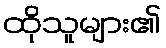
ထိုသူများ၏